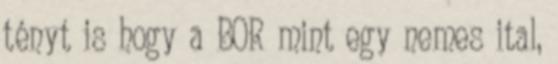
tényt is hogy a BOR mint egy nemes ital,